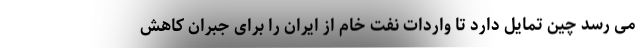
می رسد چین تمایل دارد تا واردات نفت خام از ایران را برای جبران کاهش